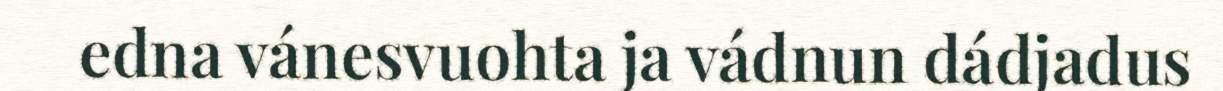
edna vánesvuohta ja vádnun dádjadus